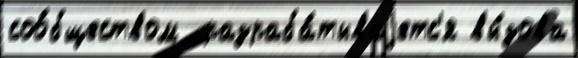
соо́бществом  разраба́тываjетс'я вы́зова